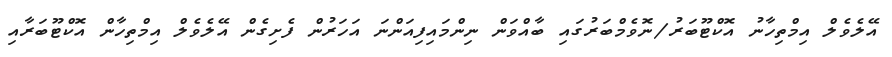
އޭލެވެލް އިމްތިހާނު އޮކްޓޫބަރު/ނޮވެމްބަރުގައި ބާއްވަން ނިންމައިފިއަންނަ އަހަރުން ފެށިގެން އޭލެވެލް އިމްތިހާން އޮކްޓޫބަރާއި